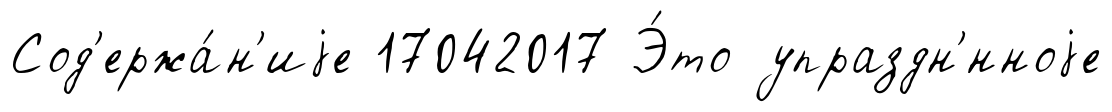
Сод'ержа́н'иjе 17042017 Э́то упраздн'́нноjе